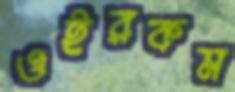
ওইরকম